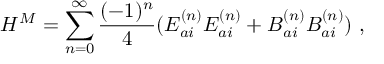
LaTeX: { \cal H } ^ { M } = \sum _ { n = 0 } ^ { \infty } \frac { ( - 1 ) ^ { n } } { 4 } ( E _ { a i } ^ { ( n ) } E _ { a i } ^ { ( n ) } + B _ { a i } ^ { ( n ) } B _ { a i } ^ { ( n ) } ) \ ,